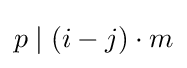
p\mid (i-j)\cdot m